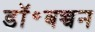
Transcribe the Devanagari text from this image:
डॉ॰बच्चन